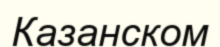
Казанском